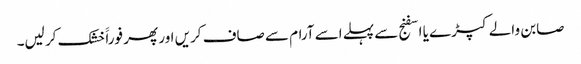
صابن والے کپڑے یا اسفنج سے پہلے اسے آرام سے صاف کریں اور پھر فوراََ خشک کر لیں۔